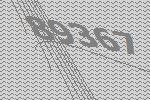
89367